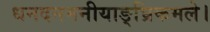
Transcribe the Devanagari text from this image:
धनदनमनीयाङ्‌घ्रिकमले।